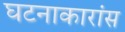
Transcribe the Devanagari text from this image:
घटनाकारांस